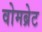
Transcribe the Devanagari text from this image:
वोमब्रेट